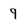
Character: 9